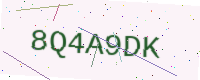
Text: 8Q4A9DK